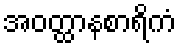
အဝတ္ထာနစာရိကံ